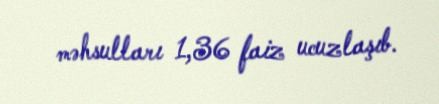
məhsulları 1,36 faiz ucuzlaşıb.